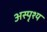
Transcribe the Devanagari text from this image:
अस्पृश्‍य